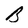
Character: B